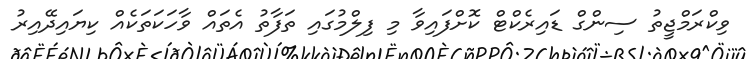
ވިކްރަމްޖީތު ސިންގް ޑައިރެކްޓް ކޮށްފައިވާ މި ފިލްމުގައި ތަފާތު އެތައް ވާހަކަތަކެއް ކިޔައިދޭއިރު